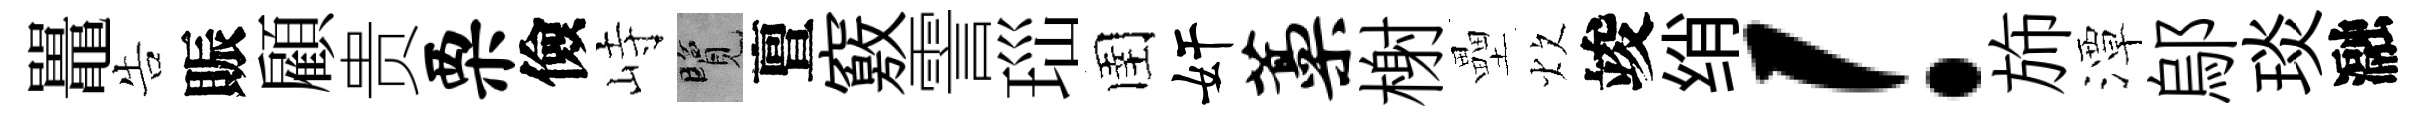
鼉告賑顧贵栗儉峙覽亶竅霅𤤼圉奸藁榭壘炊竣绡！斾潭鄔琰瀜